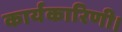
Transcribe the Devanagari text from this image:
कार्यकारिणी।